Scottish Certificate of Education, 1963
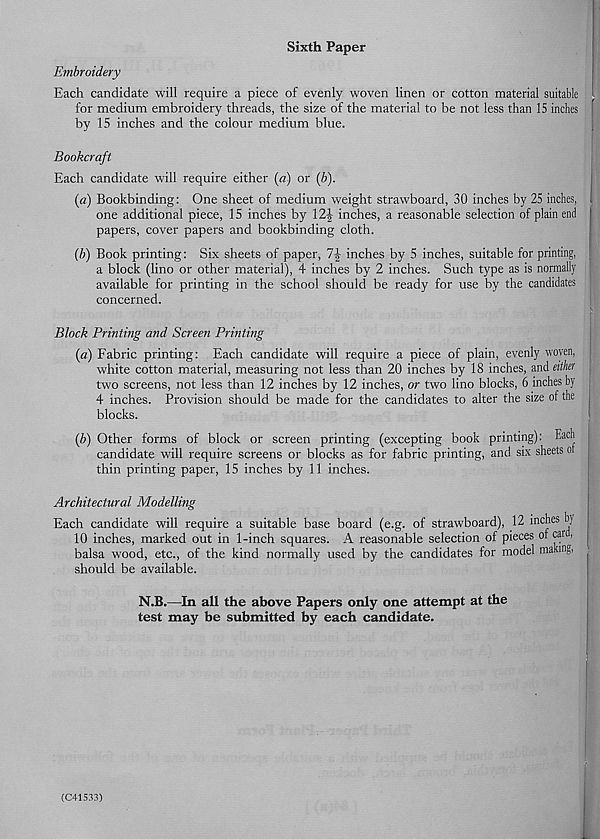
Sixth Paper
Embroidery
Each candidate will require a piece of evenly woven linen or cotton material suitable
for medium embroidery threads, the size of the material to be not less than 15 inches
by 15 inches and the colour medium blue.
Bookcraft
Each candidate will require either (a) or (b).
(a) Bookbinding: One sheet of medium weight strawboard, 30 inches by 25 inches,
one additional piece, 15 inches by 12-J inches, a reasonable selection of plain end
papers, cover papers and bookbinding cloth.
(b) Book printing: Six sheets of paper, 7| inches by 5 inches, suitable for printing,
a block (lino or other material), 4 inches by 2 inches. Such type as is normally
available for printing in the school should be ready for use by the candidates
concerned.
Block Printing and Screen Printing
(a) Fabric printing: Each candidate will require a piece of plain, evenly woven,
white cotton material, measuring not less than 20 inches by 18 inches, and either
two screens, not less than 12 inches by 12 inches, or two lino blocks, 6 inches by
4 inches. Provision should be made for the candidates to alter the size of the
blocks.
(b) Other forms of block or screen printing (excepting book printing): Each
candidate wall require screens or blocks as for fabric printing, and six sheets ot
thin printing paper, 15 inches by 11 inches.
Architectural Modelling
Each candidate will require a suitable base board (e.g. of strawboard), 12 inches b;
10 inches, marked out in 1-inch squares. A reasonable selection of pieces ot car ,
balsa wood, etc., of the kind normally used by the candidates for model making,
should be available.
N.B.—In all the above Papers only one attempt at the
test may be submitted by each candidate.
(C41533)